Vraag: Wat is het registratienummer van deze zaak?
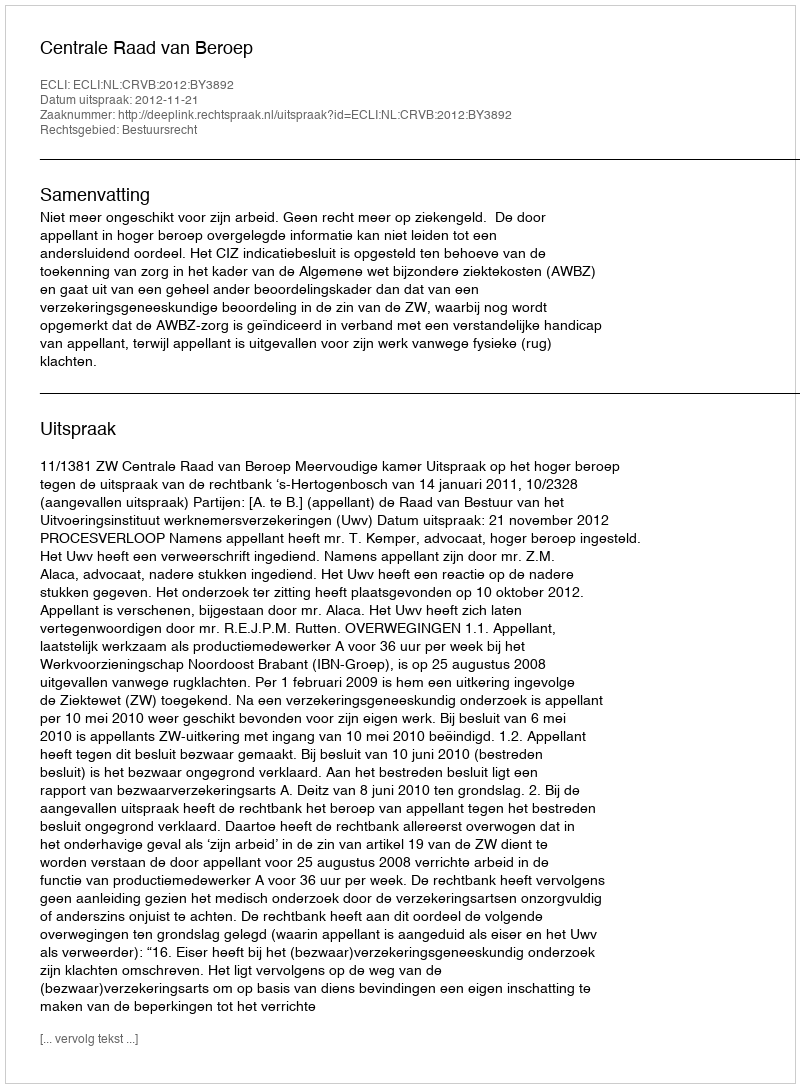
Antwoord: http://deeplink.rechtspraak.nl/uitspraak?id=ECLI:NL:CRVB:2012:BY3892